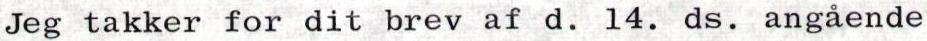
Jeg takker for dit brev af d. 14. ds. angående